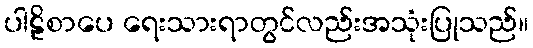
ပါဠိစာပေ ရေးသားရာတွင်လည်းအသုံးပြုသည်။